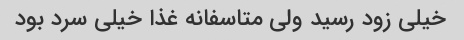
خیلی زود رسید ولی متاسفانه غذا خیلی سرد بود